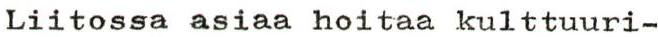
Liitossa asiaa hoitaa kulttuuri-